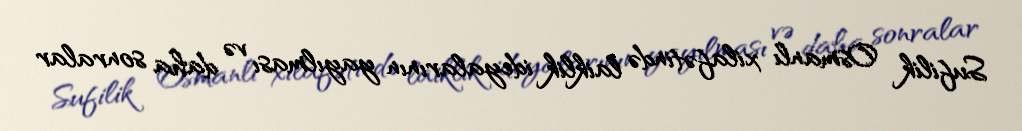
Sufilik Osmanlı xilafətində laiklik ideyalarının yayılması və daha sonralar